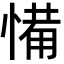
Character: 𢞎